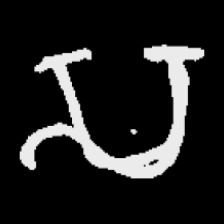
Pyu character \u2014 Myanmar letter: သ (romanized: sa)